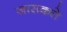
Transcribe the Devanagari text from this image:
जासकते